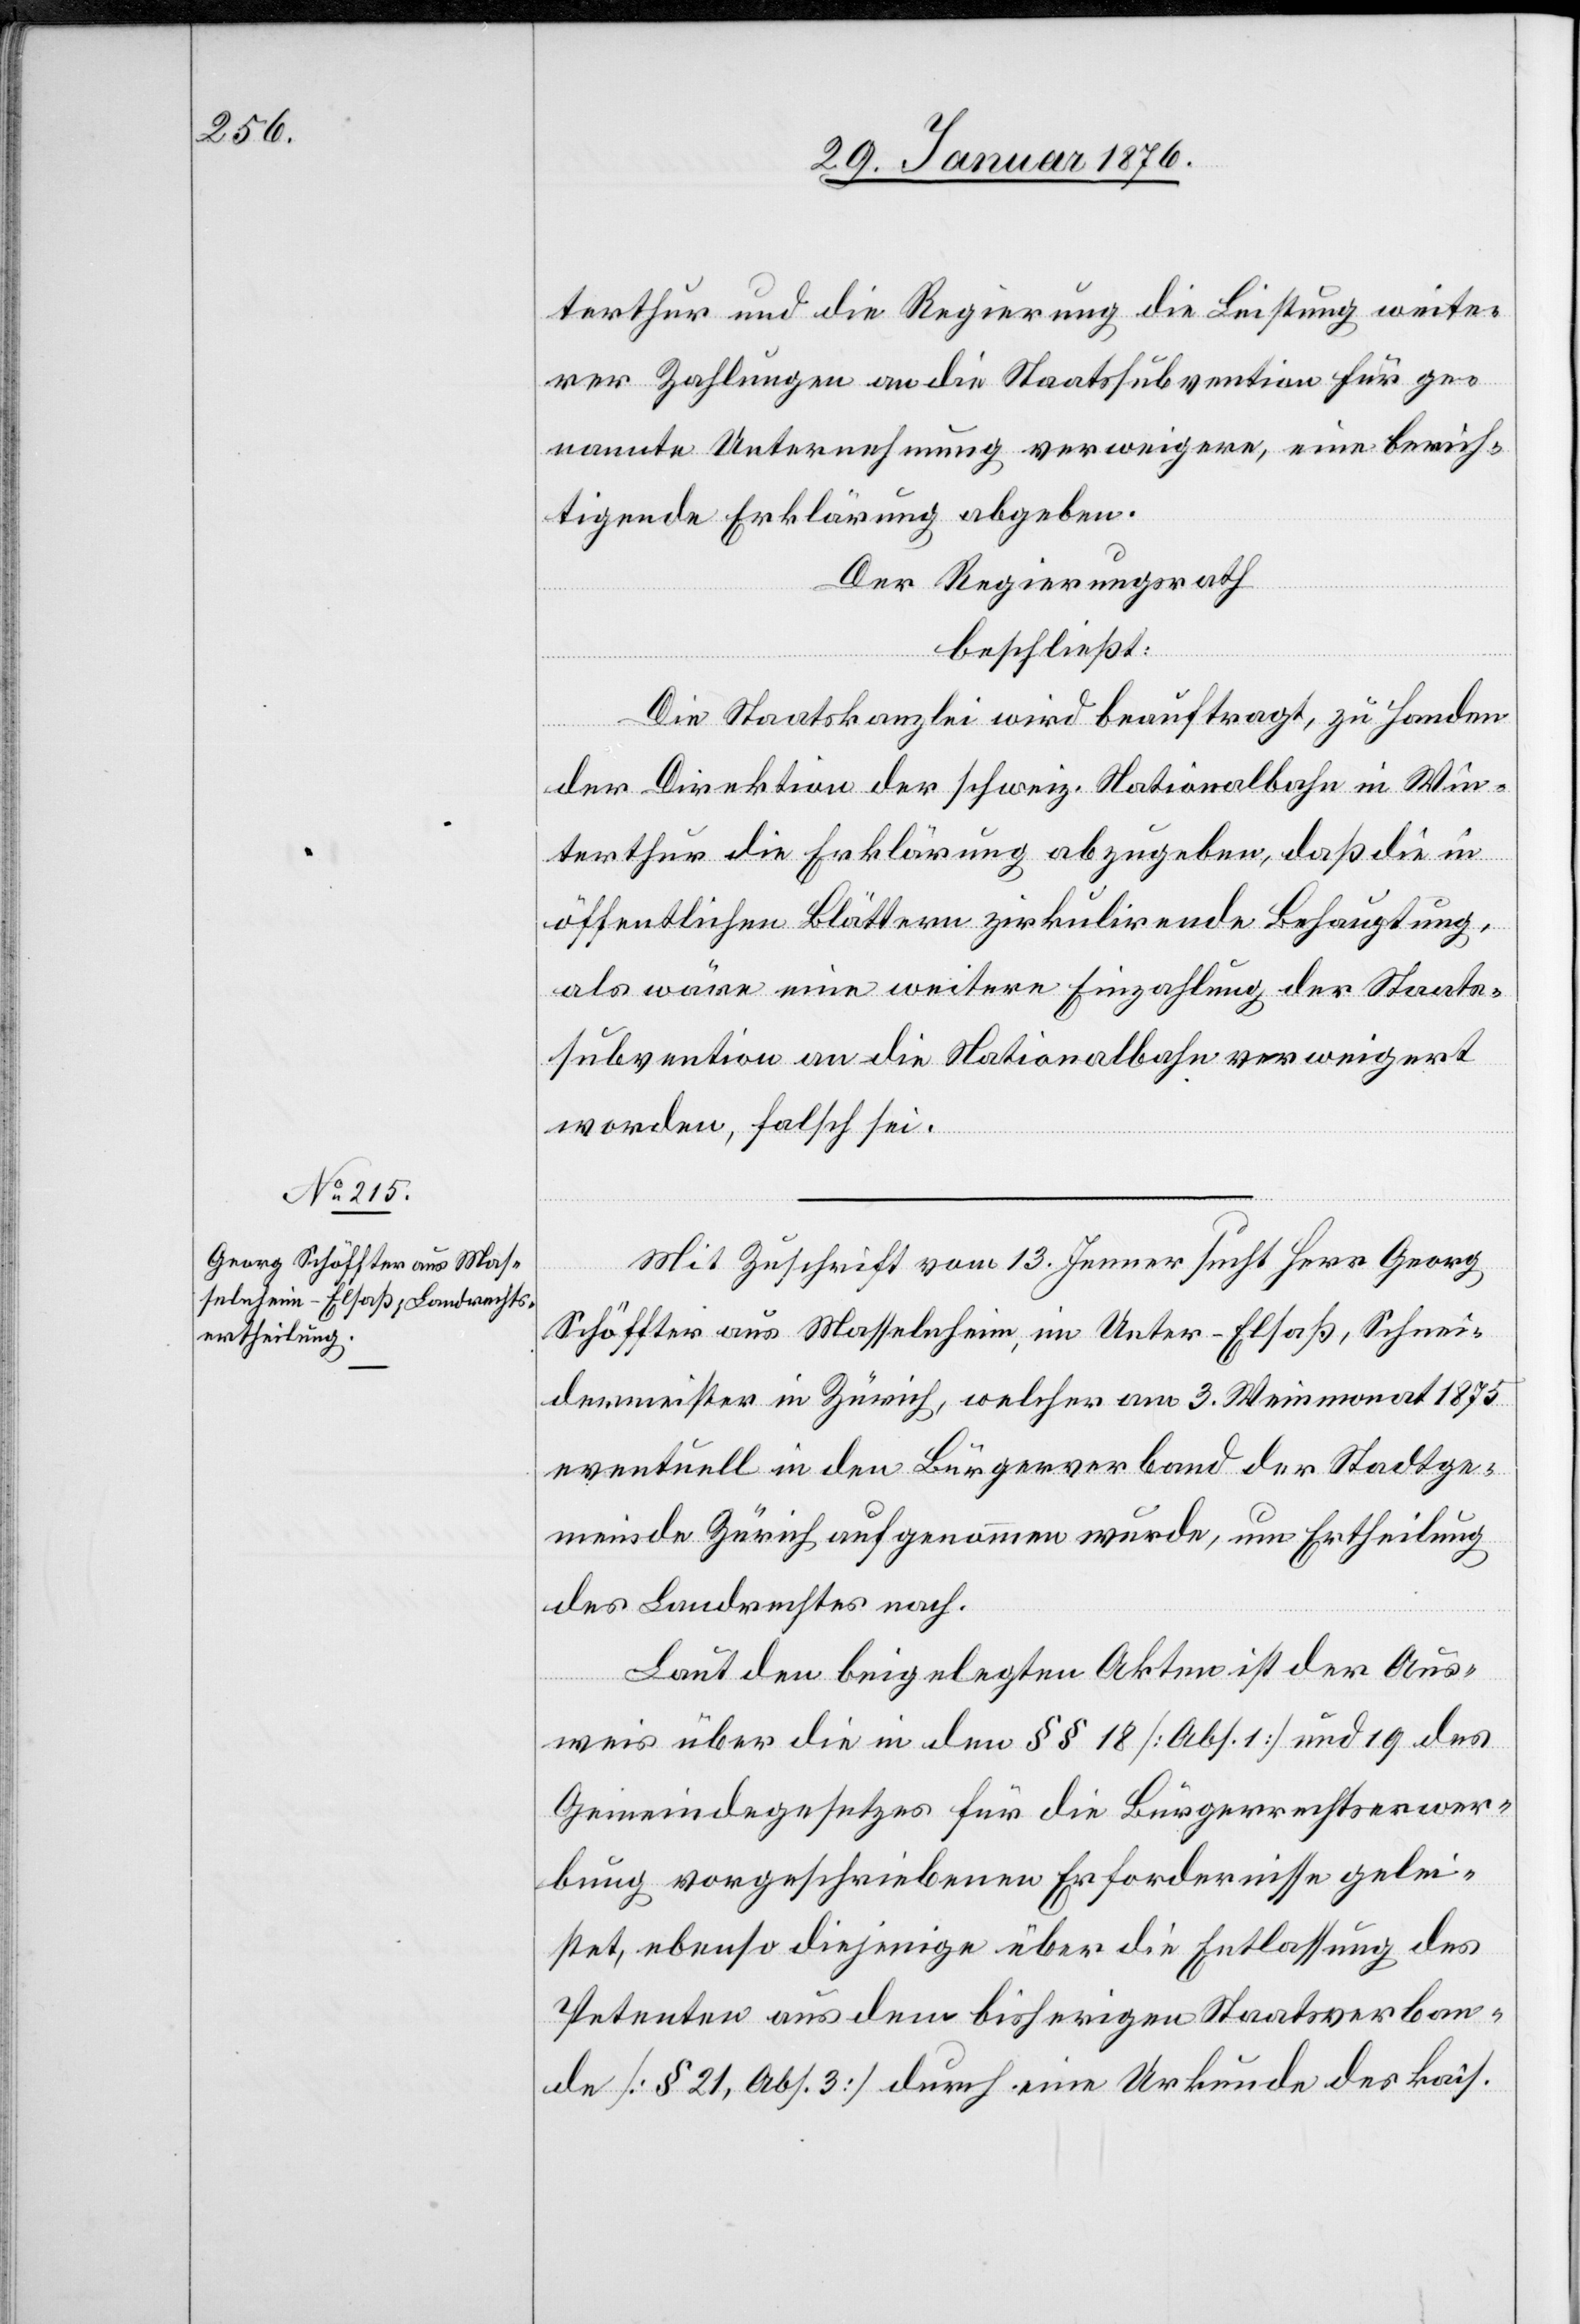
therthur und die Regierung die Leistung weite¬
rer Zahlungen an die Staatssubvention für ge¬
nannte Unternehmung verweigere, eine berich¬
tigende Erklärung abgeben.
Der Regierungsrath
beschließt:
Die Staatskanzlei wird beauftragt, zu Handen
der Direktion der schweiz. Nationalbahn in Win¬
terthur die Erklärung abzugeben, daß die in
öffentlichen Blättern zirkulirende Behauptung,
als wäre eine weitere Einzahlung der Staats¬
subvention an die Nationalbahn verweigert
worden, falsch sei.